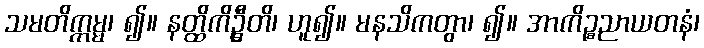
သမတိက္ကမ္မ၊ ၍။ နတ္ထိကိဦ္စတိ၊ ဟူ၍။ မနသိကတွာ၊ ၍။ အာကိဉ္စညာယတနံ၊